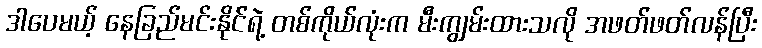
ဒါပေမယ့် နေခြည်မင်းနိုင်ရဲ့ တစ်ကိုယ်လုံးက မီးကျွမ်းထားသလို အဖတ်ဖတ်လန်ပြီး